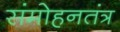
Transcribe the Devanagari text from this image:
संमोहनतंत्र